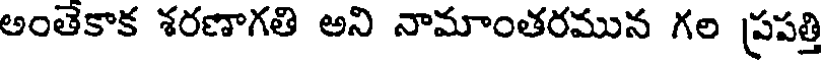
అంతెకాక శరణాగతి అని నామాంతరమున గల ప్రపత్తి